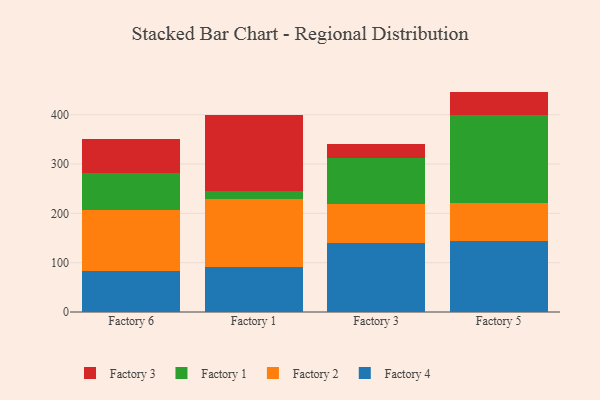
{"axis": {"x": "Factory", "y": "Demand Index"}, "legend": ["Factory 1", "Factory 2", "Factory 3", "Factory 4"], "data": [{"x": "Factory 6", "y": 83.2, "type": "Factory 4"}, {"x": "Factory 6", "y": 123.4, "type": "Factory 2"}, {"x": "Factory 6", "y": 75.3, "type": "Factory 1"}, {"x": "Factory 6", "y": 68.2, "type": "Factory 3"}, {"x": "Factory 1", "y": 92.1, "type": "Factory 4"}, {"x": "Factory 1", "y": 137.7, "type": "Factory 2"}, {"x": "Factory 1", "y": 15.8, "type": "Factory 1"}, {"x": "Factory 1", "y": 153.1, "type": "Factory 3"}, {"x": "Factory 3", "y": 139.6, "type": "Factory 4"}, {"x": "Factory 3", "y": 80.2, "type": "Factory 2"}, {"x": "Factory 3", "y": 92.2, "type": "Factory 1"}, {"x": "Factory 3", "y": 29.4, "type": "Factory 3"}, {"x": "Factory 5", "y": 143.0, "type": "Factory 4"}, {"x": "Factory 5", "y": 77.1, "type": "Factory 2"}, {"x": "Factory 5", "y": 179.8, "type": "Factory 1"}, {"x": "Factory 5", "y": 46.9, "type": "Factory 3"}]}